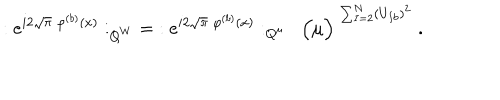
LaTeX: : e ^ { i 2 \sqrt { \pi } \; \varphi ^ { ( b ) } ( x ) } : _ { Q ^ { W } } \; = \; : e ^ { i 2 \sqrt { \pi } \; \varphi ^ { ( b ) } ( x ) } : _ { Q ^ { \mu } } \; \; \Big ( \mu \Big ) ^ { \; \sum _ { I = 2 } ^ { N } ( U _ { I b } ) ^ { 2 } } \; .